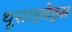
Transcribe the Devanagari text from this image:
थूसाइडेड्स